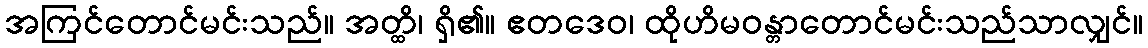
အကြင်တောင်မင်းသည်။ အတ္ထိ၊ ရှိ၏။ ဧတဒေဝ၊ ထိုဟိမဝန္တာတောင်မင်းသည်သာလျှင်။